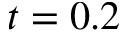
t = 0 . 2